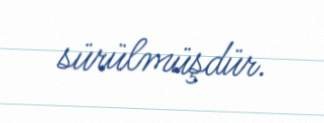
sürülmüşdür.